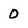
Character: 0